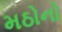
મઠોનો